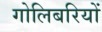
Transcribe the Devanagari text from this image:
गोलिबरियों